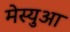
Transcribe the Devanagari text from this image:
मेस्युआ